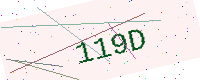
Text: 119D